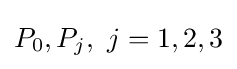
P_{0},P_{j},\ j=1,2,3